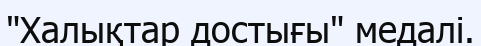
"Халықтар достығы" медалі.